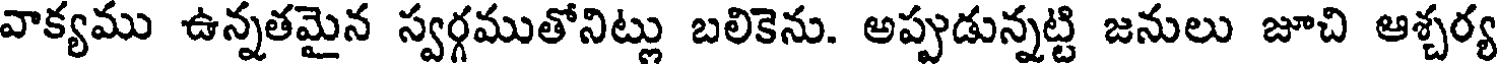
వాక్యము ఉన్నతమైన స్వర్గముతోనిట్లు బలికెను. అప్పుడున్నట్టి జనులు జూచి ఆశ్చర్య